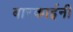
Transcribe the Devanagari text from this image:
बारकाईनी